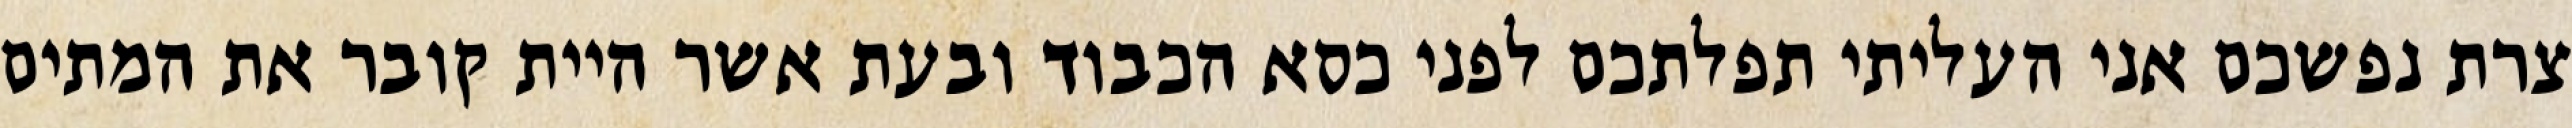
צרת נפשכם אני העליתי תפלתכם לפני כסא הכבוד ובעת אשר היית קובר את המתים